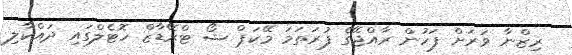
ރިޒްނާ ވަރަށް ފަހުން ރާއްޖޭގެ ފުރަތަމަ މޭކަޕް ޝޯ ޓްރޭޑާޒް ހޮޓެލްގައި ދައްކާލި